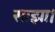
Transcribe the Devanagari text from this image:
साझा।